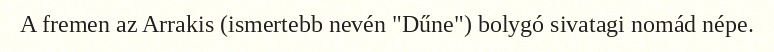
A fremen az Arrakis (ismertebb nevén "Dűne") bolygó sivatagi nomád népe.